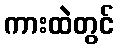
ကားထဲတွင်